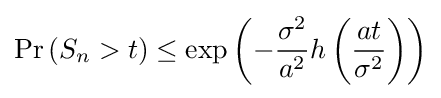
\Pr \left(S_{n}>t\right)\leq \exp \left(-{\frac {\sigma ^{2}}{a^{2}}}h\left({\frac {at}{\sigma ^{2}}}\right)\right)